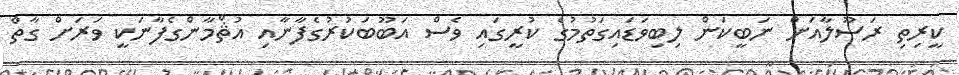
ކީރިތި ރަސޫލާއަށް ނަބީކަން ލިބިވަޑައިގަތުމުގެ ކުރީގައި ވެސް އަބޫބަކުރުގެފާނާއި އުޘްމާންގެފާނަކީ ވަރަށް ގާތް